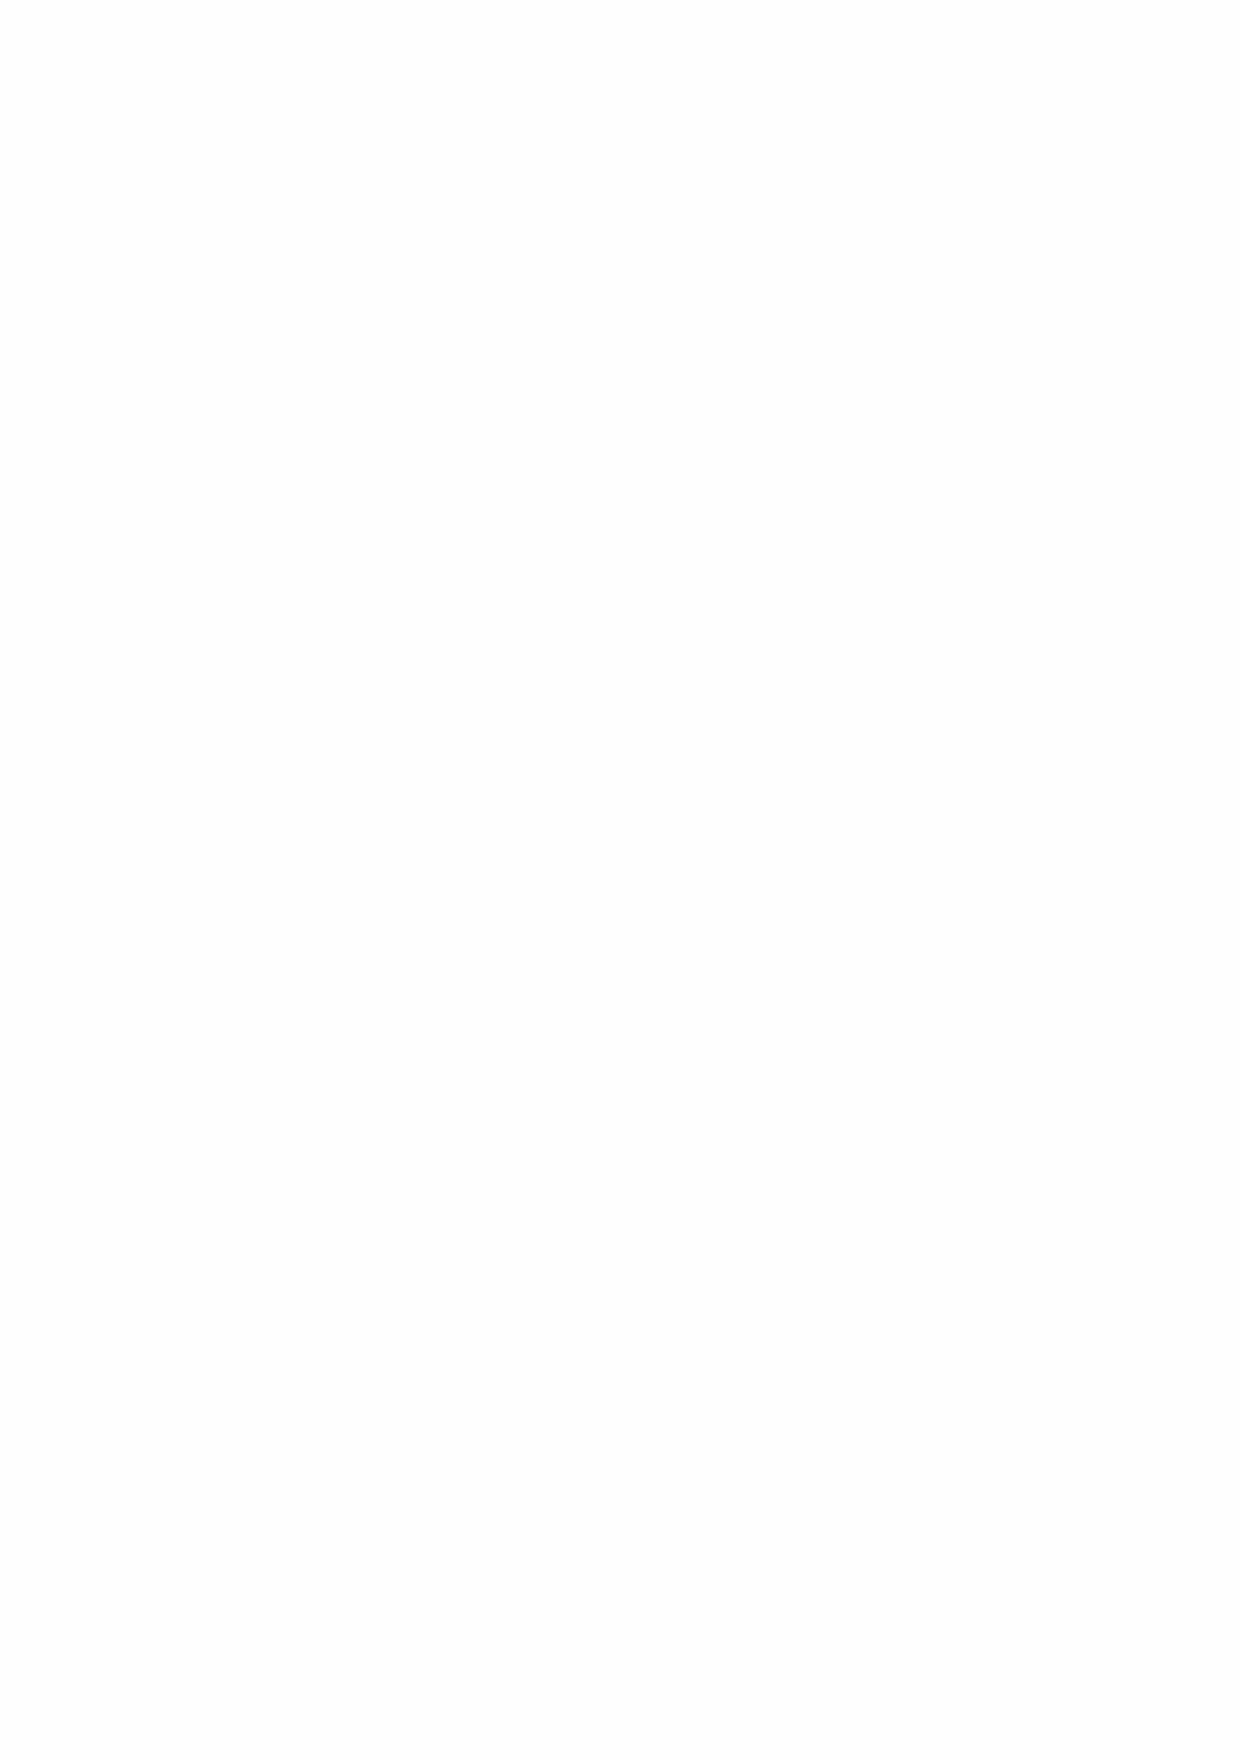
White Paper
 Dogs and Cats: LEGENDARY PAW
 THE FUTURE OF NFT GAMES:
 PLAY, EARN, INVEST & USE TO PAY IN DIGITAL AND REAL LIFE!
 LEGENDARY PAW is a Binance Smart Chain token that capitalizes on the current meme coin and NFT
 hype.
 We’ve taken everyone’s favourite memes and packaged them up into adorable pets you can trade,
 gamble, fight or stake.
 ABC:
 Legendary Paw aims to launch worldwide projects on and hold a substantial part of market
 segments, which in total are estimated to be valued in at over 4 trillion dollars by 2030.
 Legendary Paw has many advantages over the rest of the competition. Most importantly, it offers
 solutions to existing problems in the crypto market with a series of projects which will produce a
 constant cash flow in the market cap of the coin, with a new technology which will be a direct
 competitor to Blockchain and that has a well thought out marketing plan, partners, growth and is
 listed on exchanges.
 Legendary Paw is meant to offer depositors the possibility to invest in the future, so we want this
 coin to offer financial data on all the projects behind it, 100% transparency, and investors to be
 rewarded with a percentage of the profits coming from the launched projects.
 PAW will be backed by 7 financial world-changing projects, so that all the coin holders as well as the
 PAW project itself will win based on the financial data: sales, profits, yield, etc.